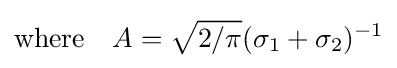
{\text{where}}\quad A={\sqrt {2/\pi }}(\sigma _{1}+\sigma _{2})^{-1}